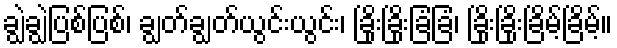
ချွဲချွဲပြစ်ပြစ်၊ ချွတ်ချွတ်ယွင်းယွင်း၊ ခြိုးခြိုးခြံခြံ၊ ခြိုးခြိုးခြိမ့်ခြိမ့်။